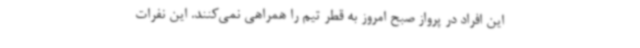
این افراد در پرواز صبح امروز به قطر تیم را همراهی نمی‌کنند. این نفرات